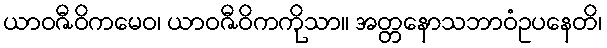
ယာဝဇီဝိကမေဝ၊ ယာဝဇီဝိကကိုသာ။ အတ္တနောသဘာဝံဥပနေတိ၊